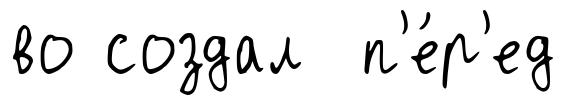
во создал п'е́р'ед